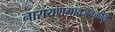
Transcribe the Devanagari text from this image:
नारायणगावजवळील